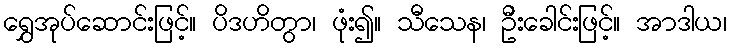
ရွှေအုပ်ဆောင်းဖြင့်။ ပိဒဟိတွာ၊ ဖုံး၍။ သီသေန၊ ဦးခေါင်းဖြင့်။ အာဒါယ၊